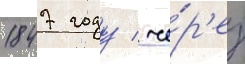
1847 году / че́р'ез